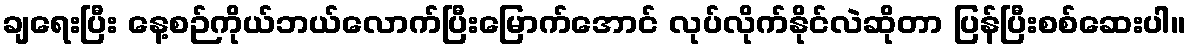
ချရေးပြီး နေ့စဉ်ကိုယ်ဘယ်လောက်ပြီးမြောက်အောင် လုပ်လိုက်နိုင်လဲဆိုတာ ပြန်ပြီးစစ်ဆေးပါ။